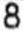
8